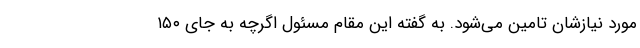
مورد نیازشان تامین می‌شود. به گفته این مقام مسئول اگرچه به جای ۱۵۰